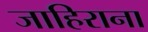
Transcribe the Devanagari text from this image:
जाहिराना